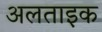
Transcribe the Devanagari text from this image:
अलताइक